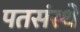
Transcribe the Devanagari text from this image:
पतसंस्थे